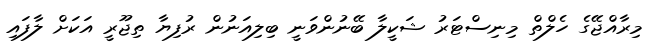
މިރާއްޖޭގެ ހެލްތް މިނިސްޓަރު ޝަކީލާ ބޭނުންވަނީ ބިލިއަނުން ރުފިޔާ ތިޖޫރީ އަކަށް ލާފައި